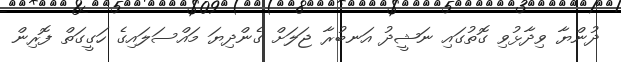
ދުންޔާ ވިދާޅުވި ގޮތުގައި ނަޝީދު އަނބުރާ ޖަލަށް ގެންދިޔަ މައްސަލައިގެ ހަގީގަތް ފޮރިން